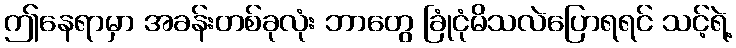
ဤနေရာမှာ အခန်းတစ်ခုလုံး ဘာတွေ ခြုံငုံမိသလဲပြောရရင် သင့်ရဲ့